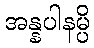
အန္နပါနမ္ပိ